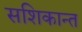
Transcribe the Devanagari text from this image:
सशिकान्त